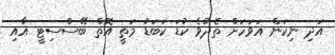
އަދި ނިކަން އަވަހަށް ތެދުވެ ކުޑަ ކަބަޑު މަތީ އޮތް ބޭސްސިޓީ އާއި